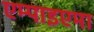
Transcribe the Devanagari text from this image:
एम्पाइएमा